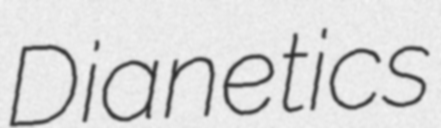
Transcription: Dianetics